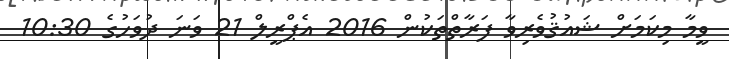
ވީމާ މިކަމަށް ޝައުޤުވެރިވާ ފަރާތްތަކުން 2016 އެޕްރީލް 21 ވަނަ ދުވަހުގެ 10:30